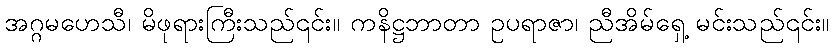
အဂ္ဂမဟေသီ၊ မိဖုရားကြီးသည်၎င်း။ ကနိဋ္ဌဘာတာ ဥပရာဇာ၊ ညီအိမ်ရှေ့ မင်းသည်၎င်း။